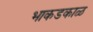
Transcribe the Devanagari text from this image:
भाकडकाळ